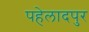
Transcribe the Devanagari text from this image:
पहेलादपुर